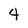
Character: 4